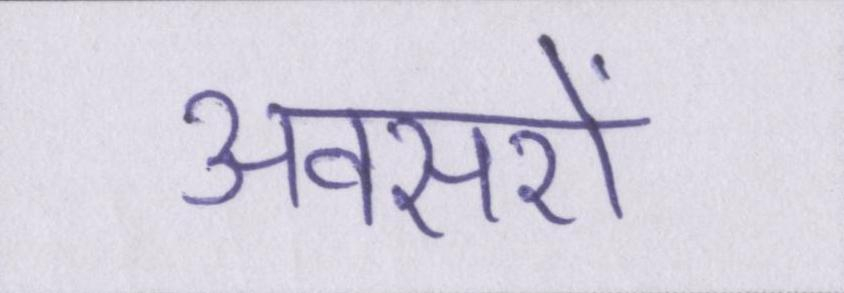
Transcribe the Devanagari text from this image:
अवसरों